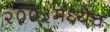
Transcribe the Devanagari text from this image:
२००३मध्येच